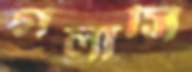
গলাসি